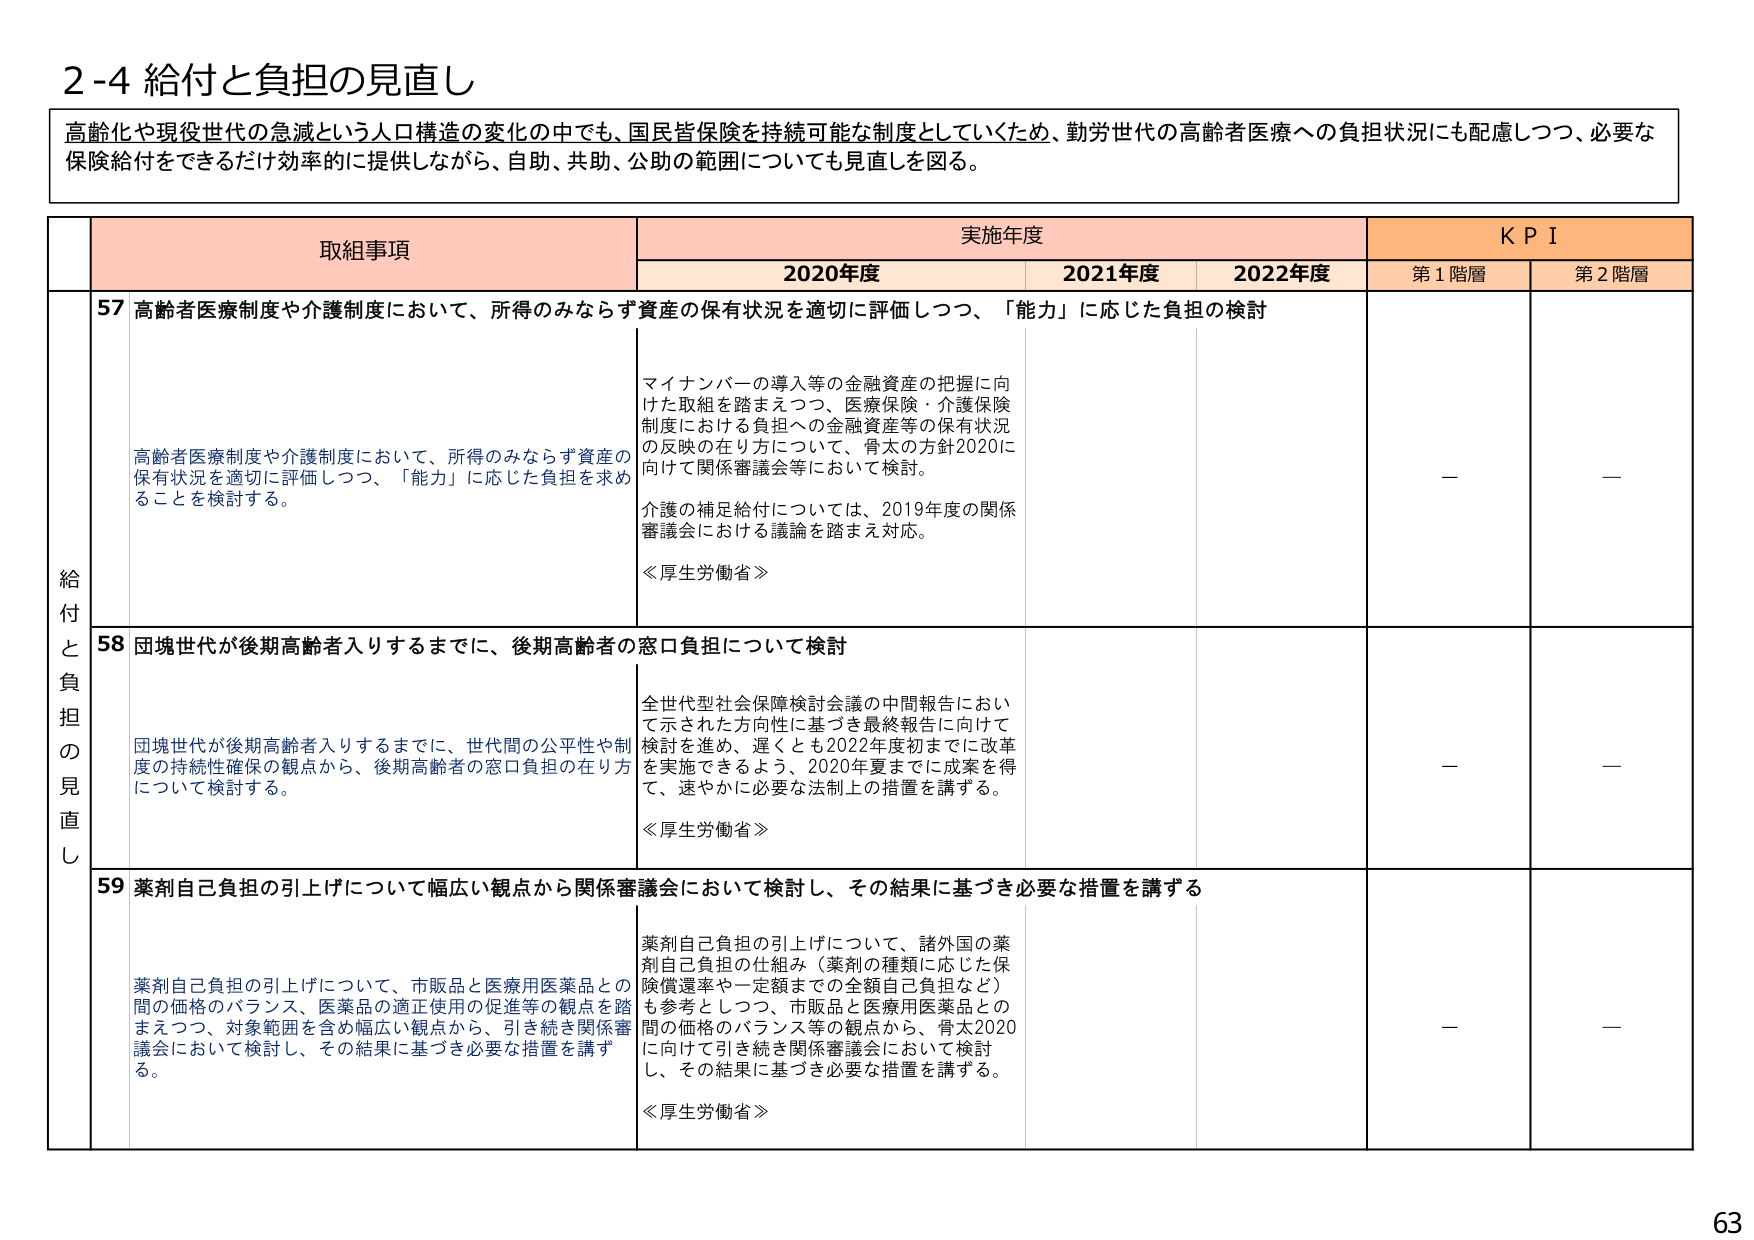
2-4 給付と負担の見直し

高齢化や現役世代の急減という人口構造の変化の中でも、国民皆保険を持続可能な制度としていくため、勤労世代の高齢者医療への負担状況にも配慮しつつ、必要な保険給付をできるだけ効率的に提供しながら、自助、共助、公助の範囲についても見直しを図る。

取組事項 実施年度 KPI
2020年度 2021年度 2022年度 第1階層 第2階層

給付と負担の見直し

57 高齢者医療制度や介護制度において、所得のみならず資産の保有状況を適切に評価しつつ、「能力」に応じた負担の検討

高齢者医療制度や介護制度において、所得のみならず資産の保有状況を適切に評価しつつ、「能力」に応じた負担を求めることを検討する。

マイナンバーの導入等の金融資産の把握に向けた取組を踏まえつつ、医療保険・介護保険制度における負担への金融資産等の保有状況の反映の在り方について、骨太2020に向けて関係審議会等において検討。

介護の補足給付については、2019年度の関係審議会における議論を踏まえ対応。

《厚生労働省》

—

—

58 団塊世代が後期高齢者入りするまでに、後期高齢者の窓口負担について検討

団塊世代が後期高齢者入りするまでに、世代間の公平性や制度の持続性確保の観点から、後期高齢者の窓口負担の在り方について検討する。

全世代型社会保障検討会議の中間報告において示された方向性に基づき最終報告に向けて検討を進め、遅くとも2022年度初までに改革を実施できるよう、2020年夏までに成果を得て、速やかに必要な法制上の措置を講ずる。

《厚生労働省》

—

—

59 薬剤自己負担の引上げについて幅広い観点から関係審議会において検討し、その結果に基づき必要な措置を講ずる

薬剤自己負担の引上げについて、市販品と医療用医薬品との間の価格のバランス、医薬品の適正使用の促進等の観点を踏まえつつ、対象範囲を含め幅広い観点から、引き続き関係審議会において検討し、その結果に基づき必要な措置を講ずる。

薬剤自己負担の引上げについて、諸外国の薬剤自己負担の仕組み（薬剤の種類に応じた保険償還率や一定額までの全額自己負担など）も参考としつつ、市販品と医療用医薬品との間の価格のバランス等の観点から、骨太2020に向けて引き続き関係審議会において検討し、その結果に基づき必要な措置を講ずる。

《厚生労働省》

—

—

63